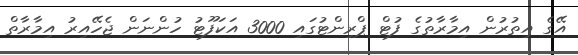
އޭގެ އިތުރުން އިމާރާތުގެ ފުޓް ޕްރިންޓުގައި 3000 އަކަފޫޓު ހުންނަން ޖެހޭއިރު އިމާރާތް